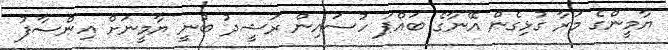
ޔާމީންގެ މަރާ ގުޅިގެން އޭނާގެ ބައްޕަ ހުސައިން ރަޝީދު ބުނީ ޔާމީނަށް އިންސާފު